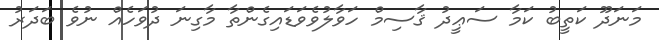
މަނަދޫ ކަތީބު ކަމާ ސަޢީދު ޤާސިމް ހަވާލުވެވަޑައިގެންތާ މާގިނަ ދުވަހެއް ނުވެ ބަދަރު